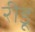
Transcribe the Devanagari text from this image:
रीडू